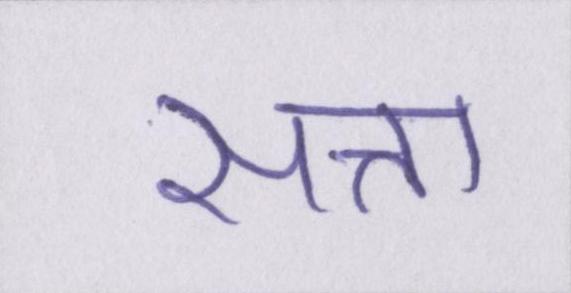
सत्ता